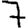
Digit: 7